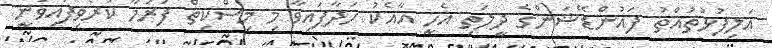
އަލިފުޅުތުއްތު ފައުންޑޭޝަންގެ ދީލަތި އެހީ އާއެކު ހަދާފައިވާ މި މިސްކިތް ފަރުމާ ކުރެވިފައިވަނީ